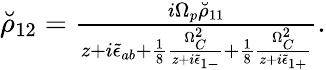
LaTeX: \begin{array}{r}{\breve{\rho}_{12}=\frac{i\Omega_{p}\breve{\rho}_{11}}{z+i\tilde{\epsilon}_{ab}+\frac{1}{8}\frac{\Omega_{C}^{2}}{z+i\tilde{\epsilon}_{1-}}+\frac{1}{8}\frac{\Omega_{C}^{2}}{z+i\tilde{\epsilon}_{1+}}}.}\end{array}